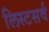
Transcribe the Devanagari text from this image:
लिस्टसर्व